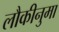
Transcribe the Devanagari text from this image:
लौकीनुमा